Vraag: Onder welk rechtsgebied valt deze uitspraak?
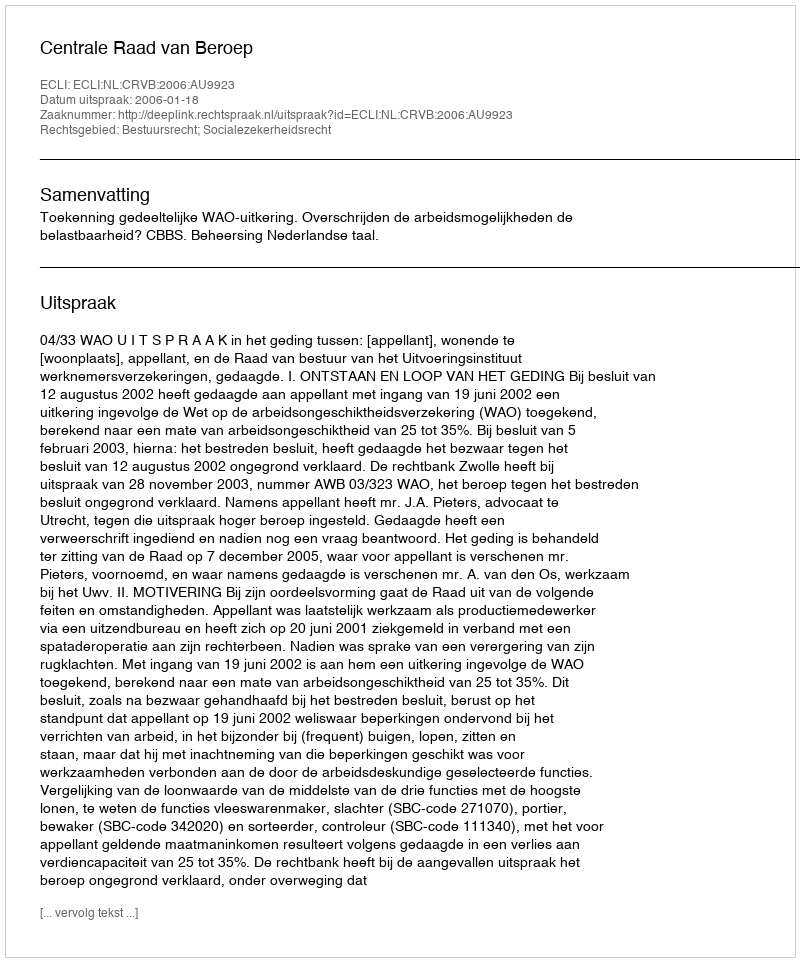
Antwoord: Bestuursrecht; Socialezekerheidsrecht